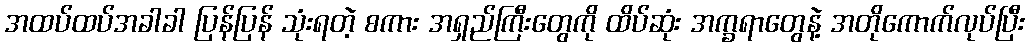
အထပ်ထပ်အခါခါ ပြန်ပြန် သုံးရတဲ့ စကား အရှည်ကြီးတွေကို ထိပ်ဆုံး အက္ခရာတွေနဲ့ အတိုကောက်လုပ်ပြီး